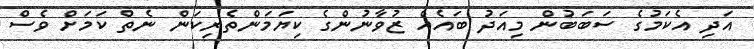
އަދި އެކަމުގެ ސަބަބުން މިއަދު ބައެއް ޒުވާނުންގެ ކިޔަމަންތެރިކަން ނެތް ކަމަށް ވެސް